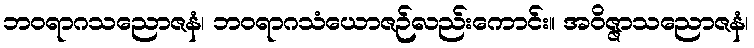
ဘဝရာဂသညောဇနံ၊ ဘဝရာဂသံယောဇဉ်လည်းကောင်း။ အဝိဇ္ဇာသညောဇနံ၊